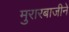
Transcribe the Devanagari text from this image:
मुरारबाजीने